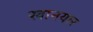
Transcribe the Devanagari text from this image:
खानयार